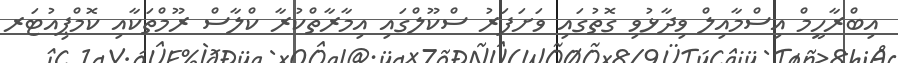
އިބްރާހީމް އިސްމާއިލް ވިދާޅުވި ގޮތުގައި ވަށަފަރު ސްކޫލްގައި އިމާރާތްކުރާ ކްލާސް ރޫމްތަކާއި ކޮމްޕިއުޓަރ